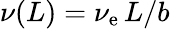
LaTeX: \nu(L)=\nu_{\mathrm{e}}\, L/b